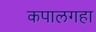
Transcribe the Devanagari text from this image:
कपालगहा